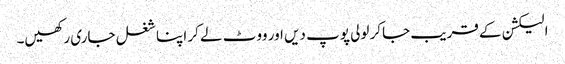
الیکشن کے قریب جاکر لولی پوپ دیں اور ووٹ لے کر اپنا شغل جاری رکھیں۔